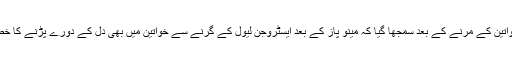
یہ کافی ساری خواتین کے مرنے کے بعد سمجھا گیا کہ مینو پاز کے بعد ایسٹروجن لیول کے گرنے سے خواتین میں ‌بھی دل کے دورے پڑنے کا خطرہ بڑھ جاتا ہے۔